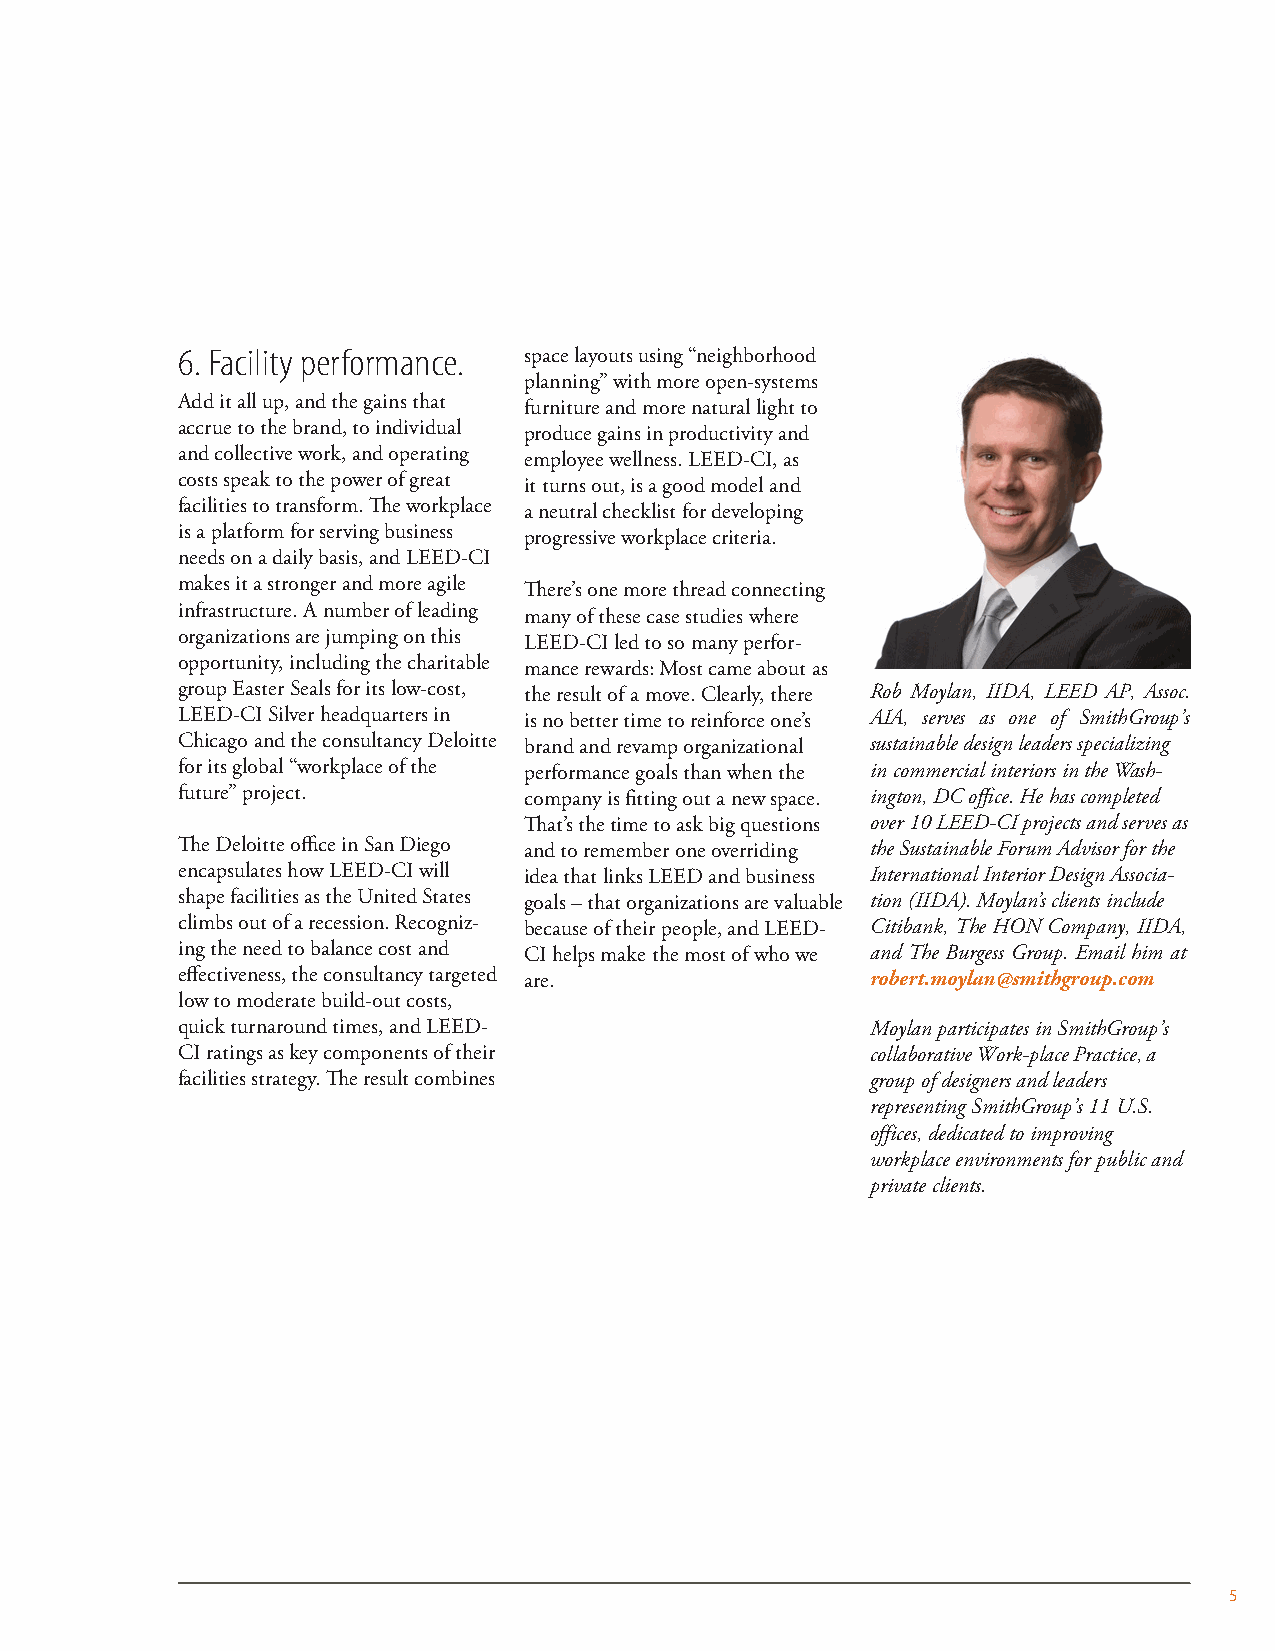
6. Facility performance. space layouts using “neighborhood
 planning” with more open-systems
 Add it all up, and the gains that furniture and more natural light to
 accrue to the brand, to individual produce gains in productivity and
 and collective work, and operating employee wellness. LEED-CI, as
 costs speak to the power of great it turns out, is a good model and
 facilities to transform. The workplace a neutral checklist for developing
 is a platform for serving business progressive workplace criteria.
 needs on a daily basis, and LEED-CI
 makes it a stronger and more agile There’s one more thread connecting
 infrastructure. A number of leading many of these case studies where
 organizations are jumping on this LEED-CI led to so many perfor-
 opportunity, including the charitable mance rewards: Most came about as
 group Easter Seals for its low-cost, the result of a move. Clearly, there Rob Moylan, IIDA, LEED AP, Assoc.
 LEED-CI Silver headquarters in is no better time to reinforce one’s AIA, serves as one of SmithGroup’s
 Chicago and the consultancy Deloitte brand and revamp organizational sustainable design leaders specializing
 for its global “workplace of the performance goals than when the in commercial interiors in the Wash-
 future” project.       company is fitting out a new space. ington, DC office. He has completed
 That’s the time to ask big questions over 10 LEED-CI projects and serves as
 The Deloitte office in San Diego and to remember one overriding the Sustainable Forum Advisor for the
 encapsulates how LEED-CI will idea that links LEED and business International Interior Design Associa-
 shape facilities as the United States goals – that organizations are valuable tion (IIDA). Moylan’s clients include
 climbs out of a recession. Recogniz- because of their people, and LEED- Citibank, The HON Company, IIDA,
 ing the need to balance cost and CI helps make the most of who we and The Burgess Group. Email him at
 effectiveness, the consultancy targeted are.  robert.moylan@smithgroup.com
 low to moderate build-out costs,
 quick turnaround times, and LEED-             Moylan participates in SmithGroup’s
 CI ratings as key components of their         collaborative Work-place Practice, a
 facilities strategy. The result combines      group of designers and leaders
 representing SmithGroup’s 11 U.S.
 offices, dedicated to improving
 workplace environments for public and
 private clients.
 5